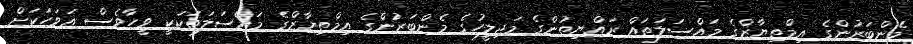
މެންބަރުންގެ އިމްތިޔާޒްގެ މައްސަލަތައް ރައްޔިތުންގެ މަޖިލީހުގެ މެންބަރުންގެ އިމްތިޔާޒްގެ މައްސަލަތަކަކީ ވީހާވެސް އަވަހަކަށް